Annual administration and progress report of the Indian Medical Department, Bombay
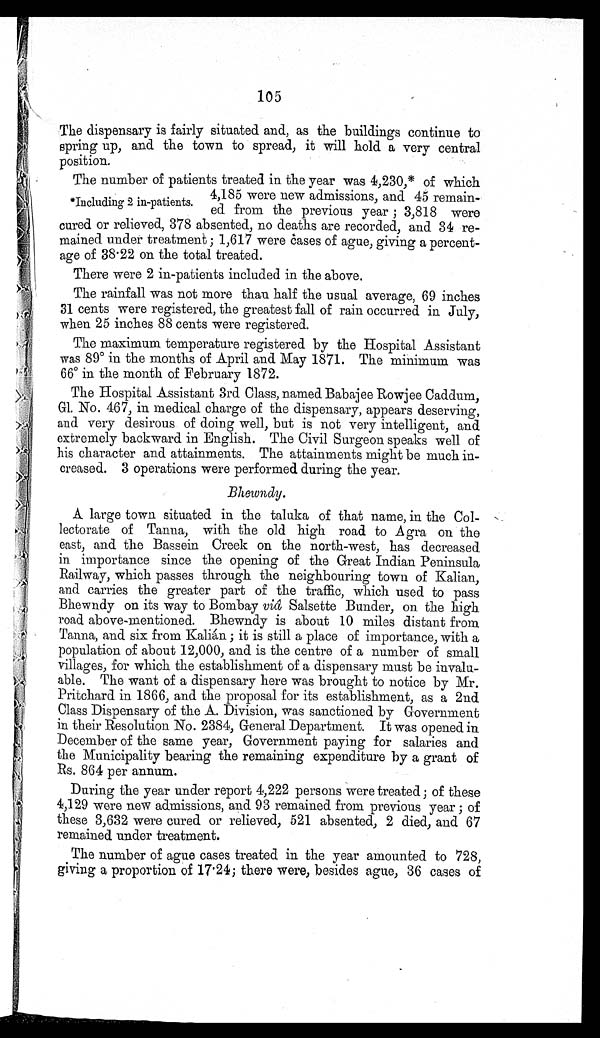
105
The dispensary is fairly situated and, as the buildings continue to
spring up, and the town to spread, it will hold a very central
position.
The number of patients treated in the year was 4,230,* of which
*Including 2 in-patients.
4,185 were new admissions, and 45 remain-
ed from the previous year ; 3,818 were
cured or relieved, 378 absented, no deaths are recorded, and 34 re-
mained under treatment ; 1,617 were cases of ague, giving a percent-
age of 38.22 on the total treated.
There were 2 in-patients included in the above.
The rainfall was not more than half the usual average, 69 inches
31 cents were registered, the greatest fall of rain occurred in July,
when 25 inches 88 cents were registered.
The maximum temperature registered by the Hospital Assistant
was 89° in the months of April and May 1871. The minimum was
66° in the month of February 1872.
The Hospital Assistant 3rd Class, named Babajee Rowjee Caddum,
Gl. No. 467, in medical charge of the dispensary, appears deserving,
and very desirous of doing well, but is not very intelligent, and
extremely backward in English. The Civil Surgeon speaks well of
his character and attainments. The attainments might be much in-
creased. 3 operations were performed during the year.
Bhewndy.
A large town situated in the taluka of that name, in the Col-
lectorate of Tanna, with the old high road to Agra on the
east, and the Bassein Creek on the north-west, has decreased
in importance since the opening of the Great Indian Peninsula
Railway, which passes through the neighbouring town of Kalian,
and carries the greater part of the traffic, which used to pass
Bhewndy on its way to Bombay viâ Salsette Bunder, on the high
road above-mentioned. Bhewndy is about 10 miles distant from
Tanna, and six from Kalián ; it is still a place of importance, with a
population of about 12,000, and is the centre of a number of small
villages, for which the establishment of a dispensary must be invalu-
able. The want of a dispensary here was brought to notice by Mr.
Pritchard in 1866, and the proposal for its establishment, as a 2nd
Class Dispensary of the A. Division, was sanctioned by Government
in their Resolution No. 2384, General Department. It was opened in
December of the same year, Government paying for salaries and
the Municipality bearing the remaining expenditure by a grant of
Rs. 864 per annum.
During the year under report 4,222 persons were treated ; of these
4,129 were new admissions, and 93 remained from previous year ; of
these 3,632 were cured or relieved, 521 absented, 2 died, and 67
remained under treatment.
The number of ague cases treated in the year amounted to 728,
giving a proportion of 17.24; there were, besides ague, 36 cases of